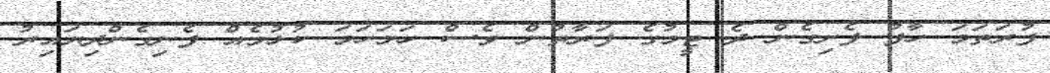
ފުރަތަމަ ހާފު ފެށިގެން ދެ ޓީމުގެ ފަރާތުން ވެސް ހަމަހަމަ ކުޅުމެއް ފެނިގެންދިޔައިރު